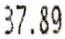
37.89